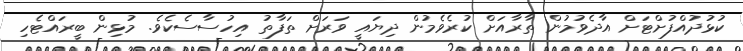
ކުޅުދުއްފުށްޓަށް އާދެވުމުން ތާރާއަށް ކުރެވެމުން ދިޔައީ ވަރަށް ތަފާތު އިހުސާސެކެވެ. މުޅިން ބީރައްޓެހި